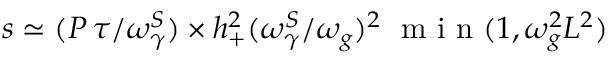
s \simeq ( { P \, \tau } / { \omega _ { \gamma } ^ { S } } ) \times h _ { + } ^ { 2 } ( { \omega _ { \gamma } ^ { S } } / { \omega _ { g } } ) ^ { 2 } \; \mathrm { ~ m ~ i ~ n ~ } ( 1 , \omega _ { g } ^ { 2 } L ^ { 2 } )